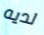
لديه